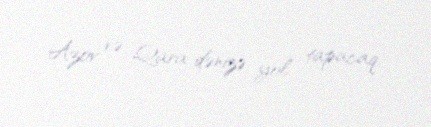
Azov və Qara dənizə yol tapacaq.